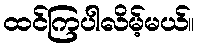
ထင်ကြပါလိမ့်မယ်။